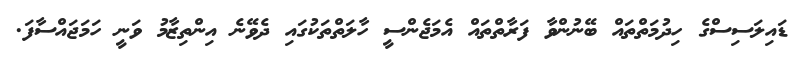
ޑައިލަސިސްގެ ހިދުމަތްތައް ބޭނުންވާ ފަރާތްތައް އެމަޖެންސީ ހާލަތްތަކުގައި ދެވޭނެ އިންތިޒާމު ވަނީ ހަމަޖައްސާފަ.